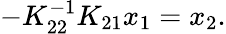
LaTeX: -K_{22}^{-1}K_{21}x_{1}=x_{2}.